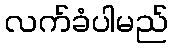
လက်ခံပါမည်